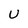
Character: U